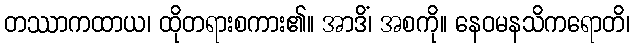
တဿာကထာယ၊ ထိုတရားစကား၏။ အာဒိံ၊ အစကို။ နေဝမနသိကရောတိ၊